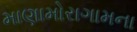
માણામોરાગામના